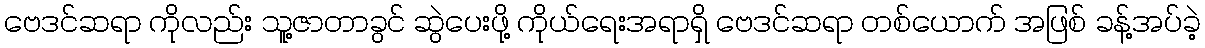
ဗေဒင်ဆရာ ကိုလည်း သူ့ဇာတာခွင် ဆွဲပေးဖို့ ကိုယ်ရေးအရာရှိ ဗေဒင်ဆရာ တစ်ယောက် အဖြစ် ခန့်အပ်ခဲ့